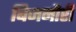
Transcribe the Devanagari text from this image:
बिजनौरी